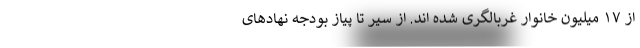
از ۱۷ میلیون خانوار غربالگری شده اند. از سیر تا پیاز بودجه‌ نهادهای